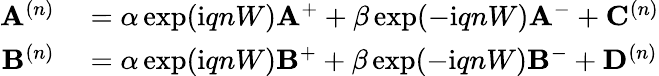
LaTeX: \begin{array}{rl}{\mathbf{A}^{(n)}}&{{}=\alpha\exp(\mathrm{i}qnW)\mathbf{A}^{+}+\beta\exp(-\mathrm{i}qnW)\mathbf{A}^{-}+\mathbf{C}^{(n)}}\\ {\mathbf{B}^{(n)}}&{{}=\alpha\exp(\mathrm{i}qnW)\mathbf{B}^{+}+\beta\exp(-\mathrm{i}qnW)\mathbf{B}^{-}+\mathbf{D}^{(n)}}\end{array}